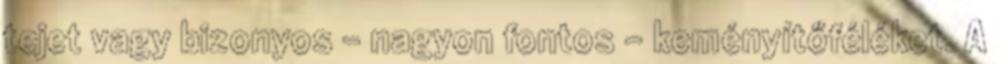
tejet vagy bizonyos – nagyon fontos – keményítőféléket. A